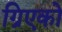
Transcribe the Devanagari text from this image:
ग्रिएको